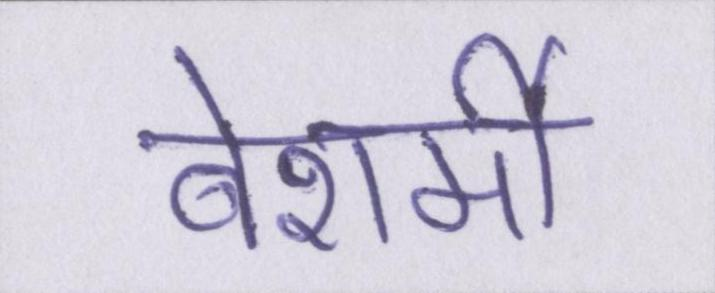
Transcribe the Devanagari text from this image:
बेशर्मी